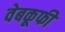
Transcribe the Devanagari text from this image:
वेबकूफी